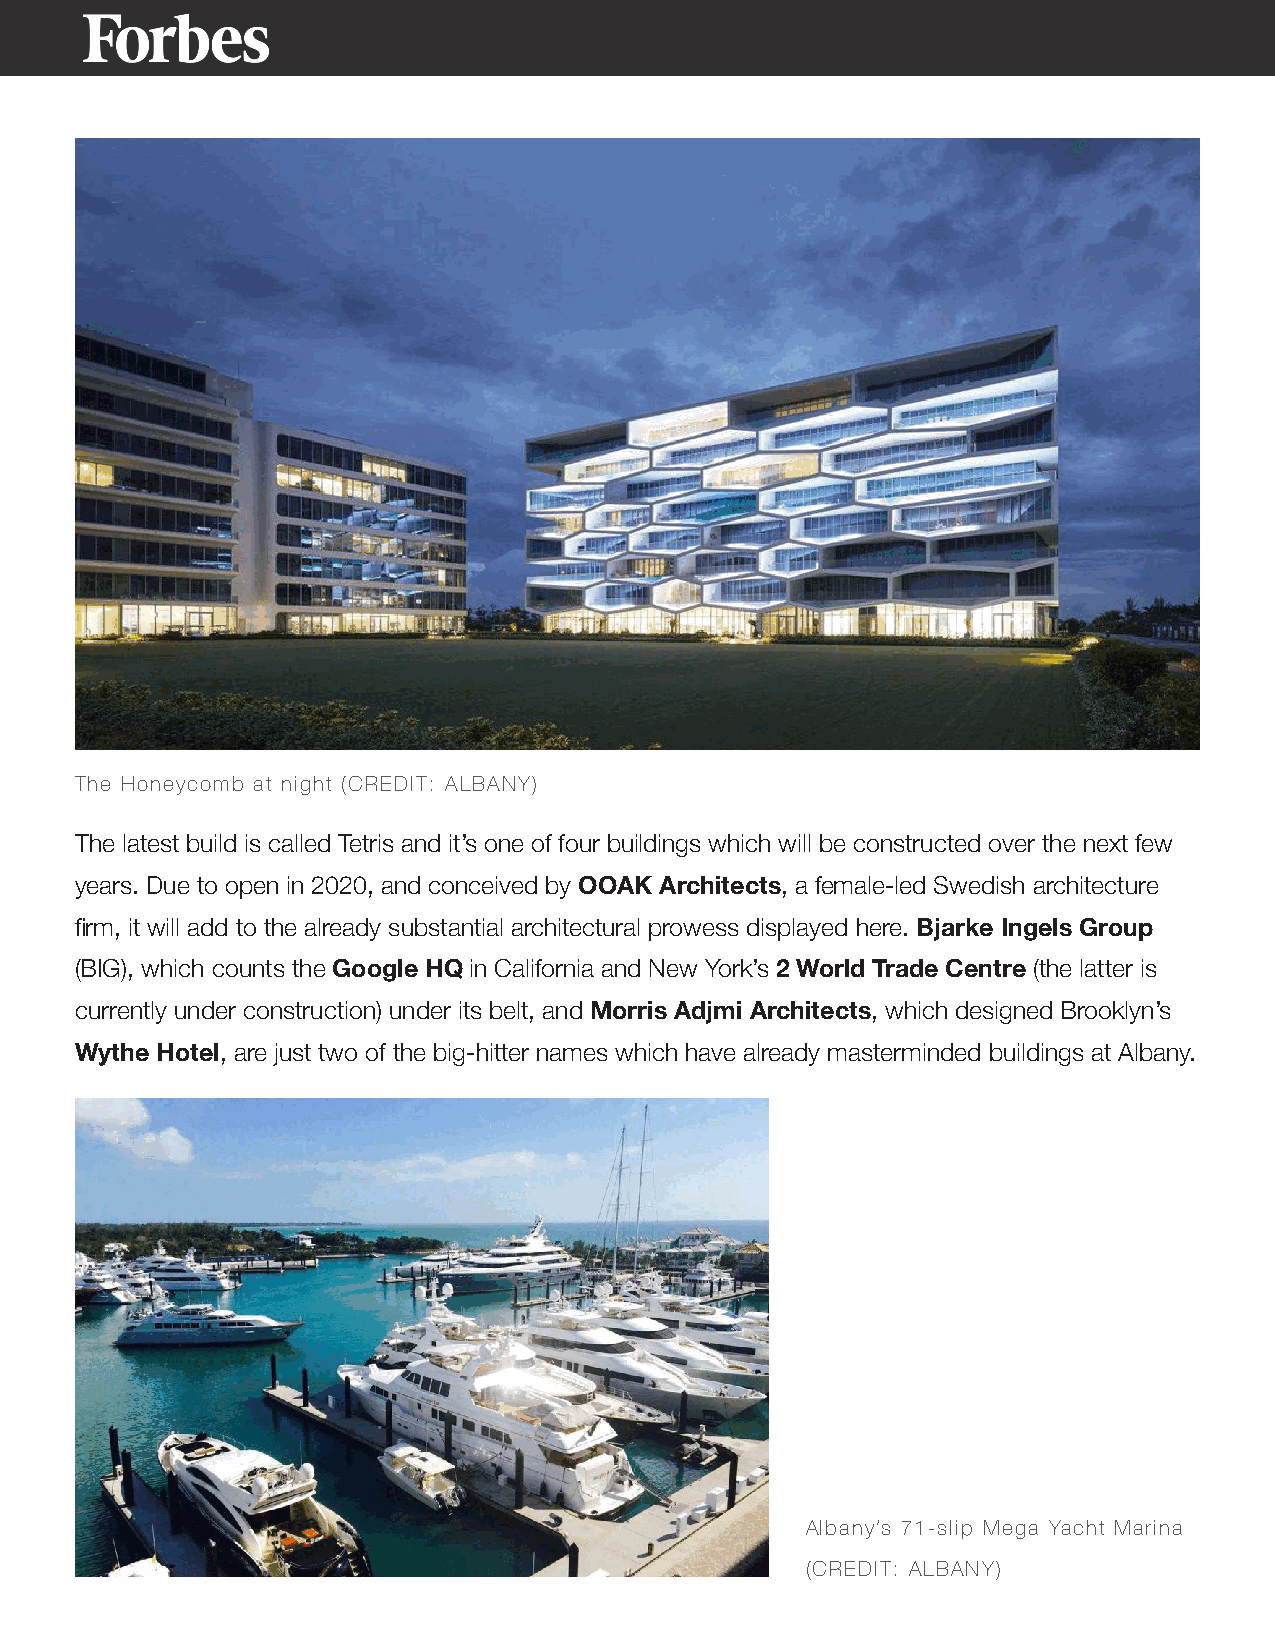
The Honeycomb at night (CREDIT: ALBANY)
 The latest build is called Tetris and it’s one of four buildings which will be constructed over the next few
 years. Due to open in 2020, and conceived by OOAK Architects, a female-led Swedish architecture
 firm, it will add to the already substantial architectural prowess displayed here. Bjarke Ingels Group
 (BIG), which counts the Google HQ in California and New York’s 2 World Trade Centre (the latter is
 currently under construction) under its belt, and Morris Adjmi Architects, which designed Brooklyn’s
 Wythe Hotel, are just two of the big-hitter names which have already masterminded buildings at Albany.
 Albany’s 71-slip Mega Yacht Marina
 (CREDIT: ALBANY)